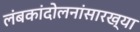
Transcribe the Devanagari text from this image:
लंबकांदोलनांसारख्या